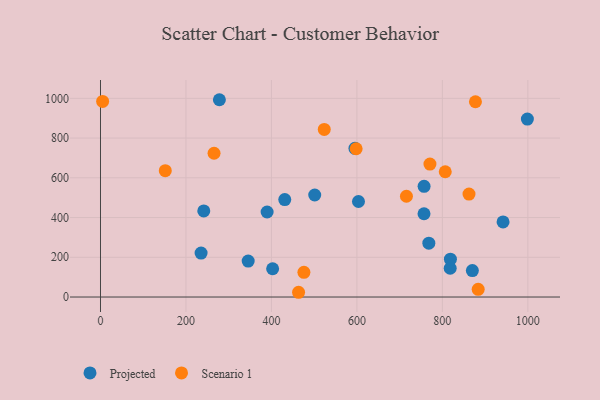
{"axis": {"x": "Price", "y": "Exam Score"}, "legend": ["Projected", "Scenario 1"], "data": [{"x": "603.7", "y": 480.7, "type": "Projected"}, {"x": "241.7", "y": 433.4, "type": "Projected"}, {"x": "595.4", "y": 748.6, "type": "Projected"}, {"x": "345.6", "y": 181.1, "type": "Projected"}, {"x": "942.0", "y": 378.1, "type": "Projected"}, {"x": "501.3", "y": 513.4, "type": "Projected"}, {"x": "389.9", "y": 427.8, "type": "Projected"}, {"x": "278.2", "y": 993.0, "type": "Projected"}, {"x": "818.3", "y": 144.9, "type": "Projected"}, {"x": "431.2", "y": 490.4, "type": "Projected"}, {"x": "768.3", "y": 271.0, "type": "Projected"}, {"x": "818.8", "y": 190.4, "type": "Projected"}, {"x": "870.2", "y": 133.1, "type": "Projected"}, {"x": "757.2", "y": 556.9, "type": "Projected"}, {"x": "998.9", "y": 895.4, "type": "Projected"}, {"x": "757.0", "y": 419.0, "type": "Projected"}, {"x": "235.4", "y": 221.4, "type": "Projected"}, {"x": "402.8", "y": 142.4, "type": "Projected"}, {"x": "877.4", "y": 982.8, "type": "Scenario 1"}, {"x": "151.6", "y": 636.1, "type": "Scenario 1"}, {"x": "5.0", "y": 984.2, "type": "Scenario 1"}, {"x": "265.7", "y": 723.5, "type": "Scenario 1"}, {"x": "463.5", "y": 23.9, "type": "Scenario 1"}, {"x": "523.6", "y": 843.6, "type": "Scenario 1"}, {"x": "770.9", "y": 669.0, "type": "Scenario 1"}, {"x": "598.2", "y": 746.2, "type": "Scenario 1"}, {"x": "715.9", "y": 507.1, "type": "Scenario 1"}, {"x": "476.0", "y": 124.2, "type": "Scenario 1"}, {"x": "883.8", "y": 38.6, "type": "Scenario 1"}, {"x": "862.3", "y": 518.1, "type": "Scenario 1"}, {"x": "806.7", "y": 630.4, "type": "Scenario 1"}]}